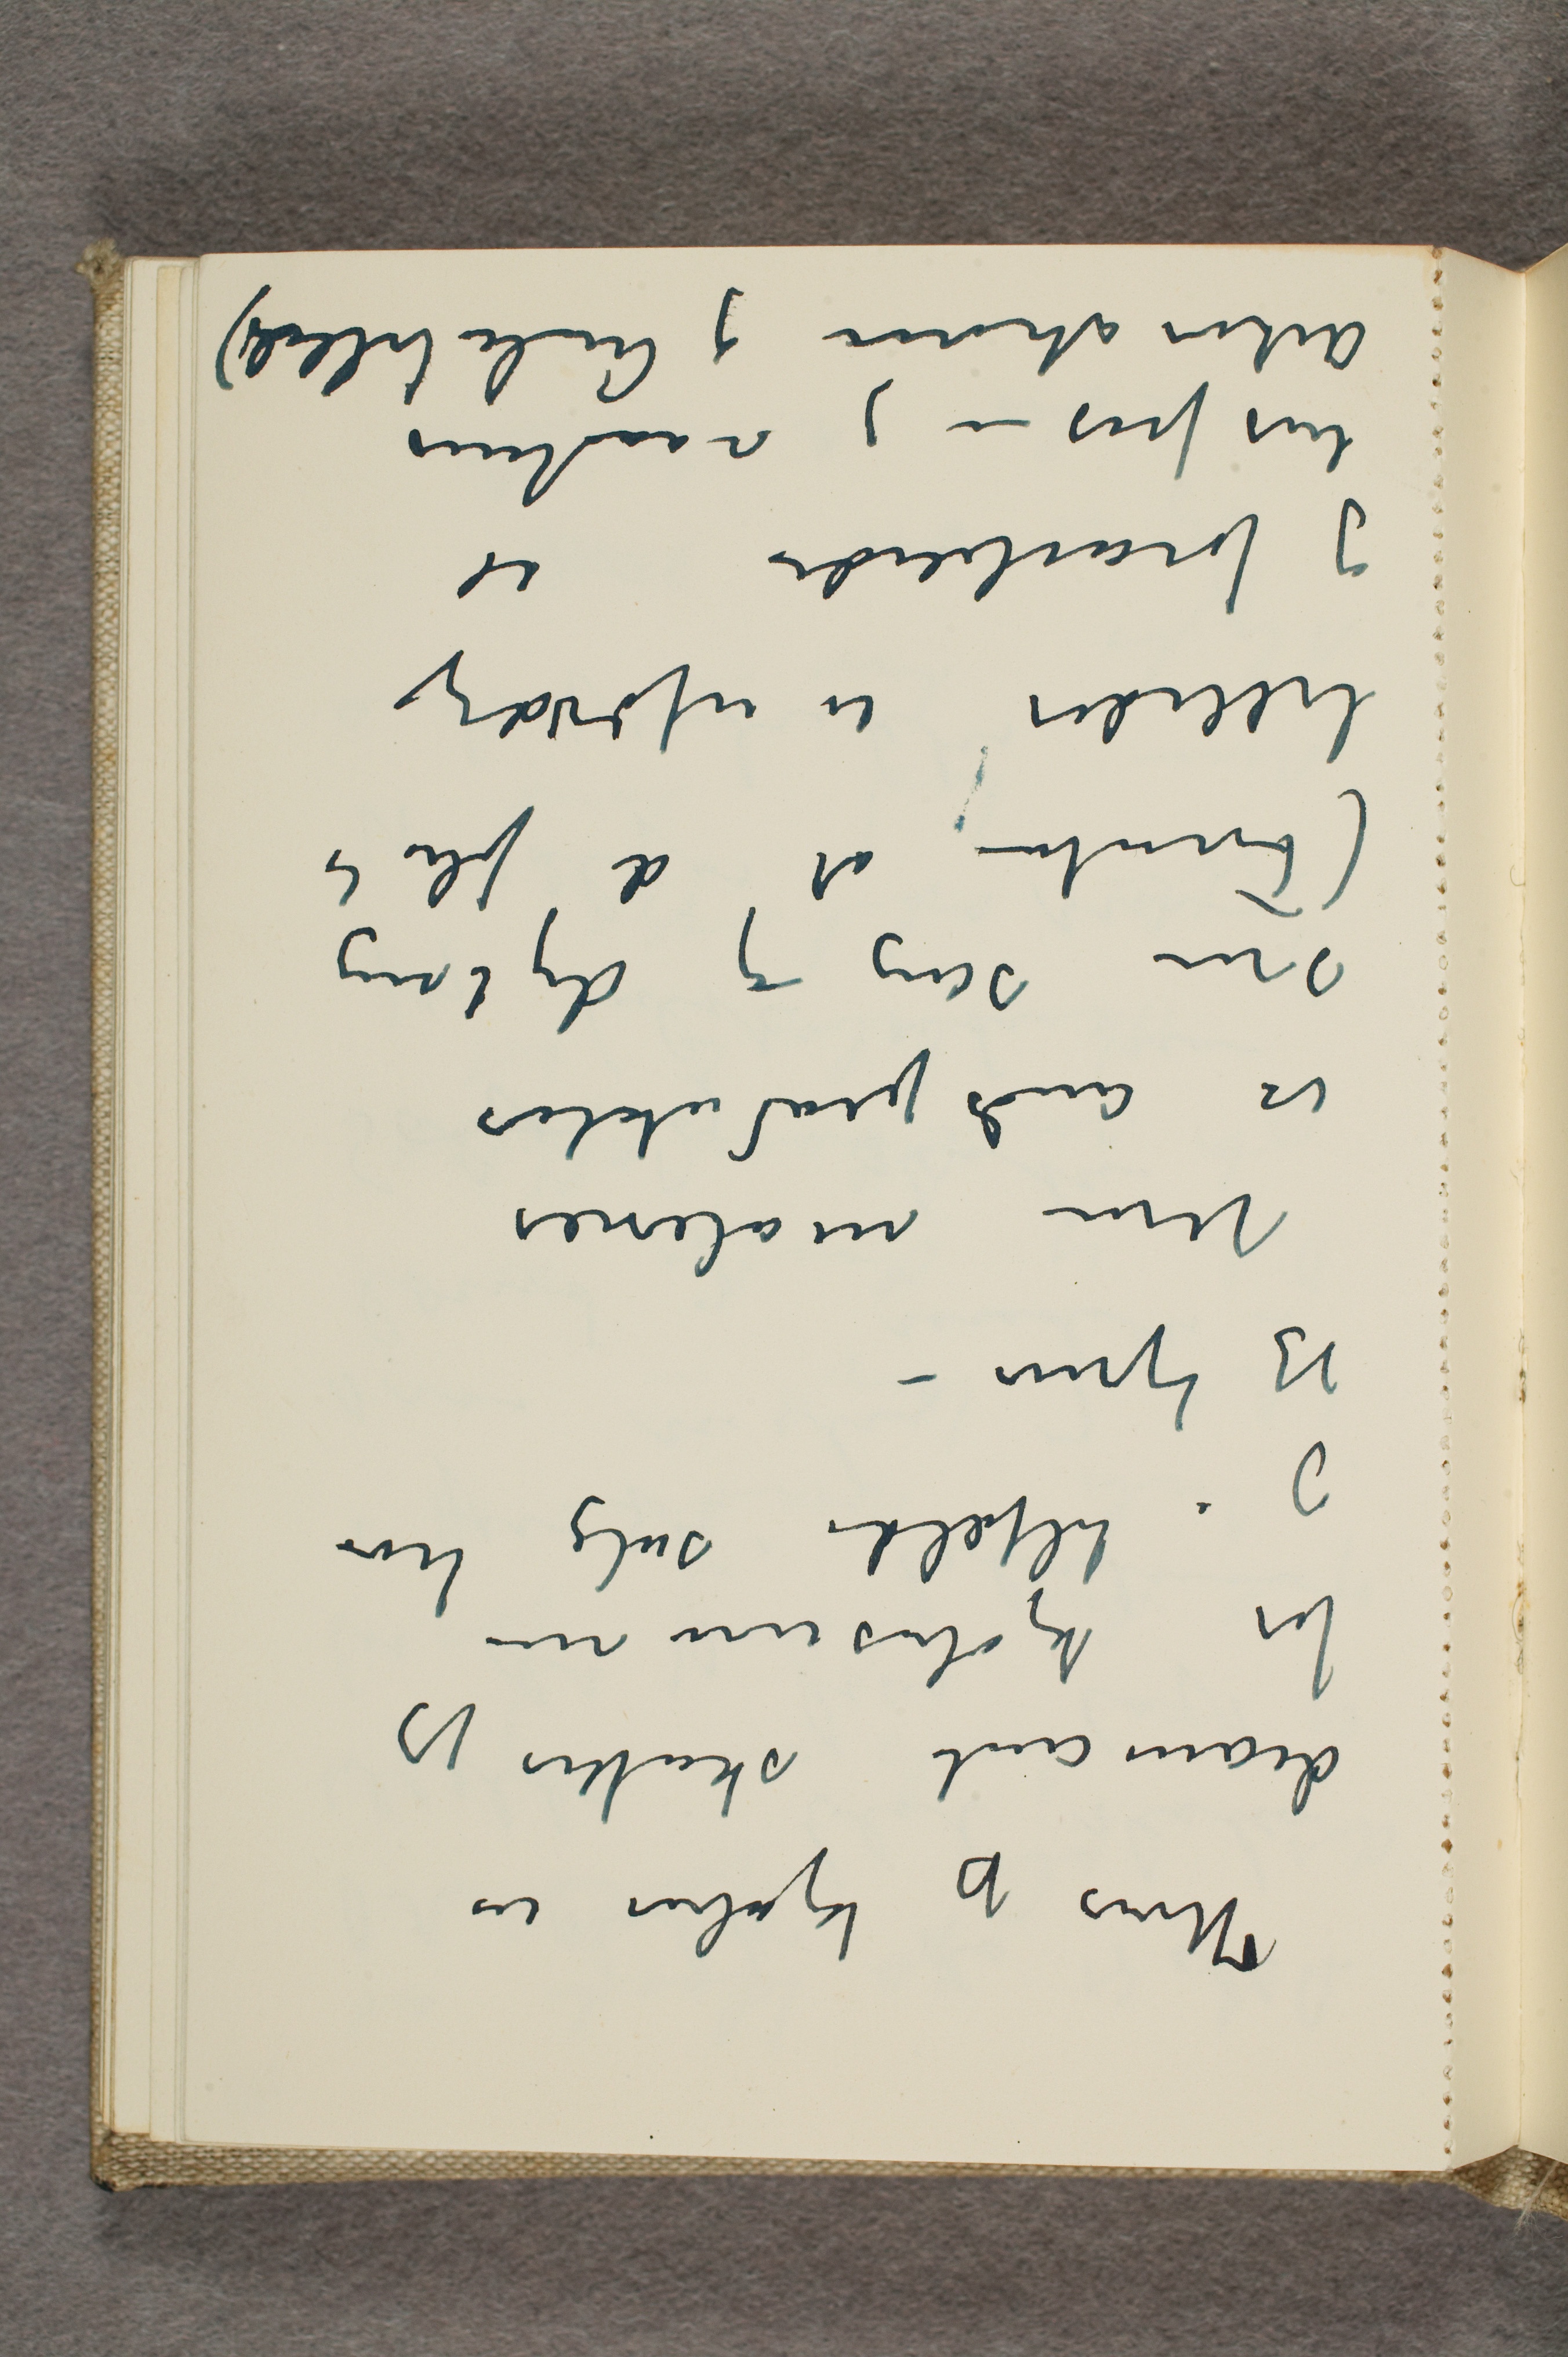
Hvis jeg kjøber en
diamant skatter jeg
for kjøbesummen
og i tilfælde salg hvor
jeg tjener -
Mine malerier
er åndsprodukter
som sang og digtning
(Foruten at de fleste
billeder er ufærdige
og forarbeider til
livsfrisen og raadhus
dekorationer og Aulabilleder)